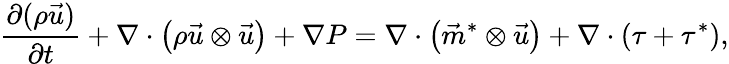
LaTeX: \frac{\partial(\rho\vec{u})}{\partial t}+\nabla\cdot\left(\rho\vec{u}\otimes\vec{u}\right)+\nabla P=\nabla\cdot\left(\vec{m}^{*}\otimes\vec{u}\right)+\nabla\cdot(\tau+\tau^{*}),